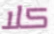
كلا